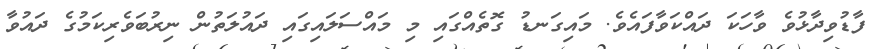
ފާޑުވިދާޅުވެ ވާހަކަ ދައްކަވާފައެވެ. މައިގަނޑު ގޮތެއްގައި މި މައްސަލައިގައި ދައުލަތުން ނިރުބަވެރިކަމުގެ ދައުވާ